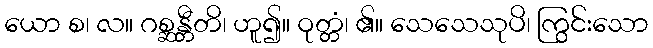
ယော စ၊ လ။ ဂစ္ဆန္တီတိ၊ ဟူ၍။ ဝုတ္တံ၊ ၏။ သေသေသုပိ၊ ကြွင်းသော